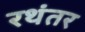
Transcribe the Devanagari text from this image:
रथंतर